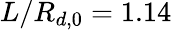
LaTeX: L/R_{d,0}=1.14